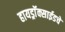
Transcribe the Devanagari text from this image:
हायड्राॅक्साईडचे